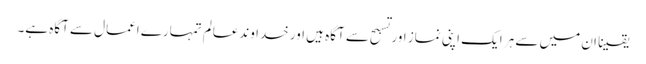
یقینا ان میں سے ہر ایک اپنی نماز اور تسبح سے آگاہ ہیں اور خدا وندعالم تمہارے اعمال سے آگاہ ہے۔